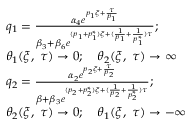
\begin{array} { r l } & { q _ { 1 } = \frac { \alpha _ { 4 } e ^ { p _ { 1 } \xi + \frac { \tau } { p _ { 1 } } } } { \beta _ { 3 } + \beta _ { 6 } e ^ { ( p _ { 1 } + p _ { 1 } ^ { * } ) \xi + ( \frac { 1 } { p _ { 1 } } + \frac { 1 } { p _ { 1 } ^ { * } } ) \tau } } ; } \\ & { \theta _ { 1 } ( \xi , \ \tau ) \to 0 ; \quad \theta _ { 2 } ( \xi , \ \tau ) \to \infty } \\ & { q _ { 2 } = \frac { \alpha _ { 2 } e ^ { p _ { 2 } \xi + \frac { \tau } { p _ { 2 } } } } { \beta + \beta _ { 3 } e ^ { ( p _ { 2 } + p _ { 2 } ^ { * } ) \xi + ( \frac { 1 } { p _ { 2 } } + \frac { 1 } { p _ { 2 } ^ { * } } ) \tau } } ; } \\ & { \theta _ { 2 } ( \xi , \ \tau ) \to 0 ; \quad \theta _ { 1 } ( \xi , \ \tau ) \to - \infty } \end{array}